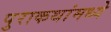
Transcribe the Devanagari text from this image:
पुराकथांमध्ये